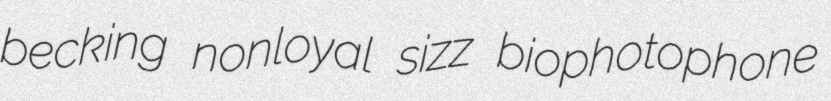
becking nonloyal sizz biophotophone